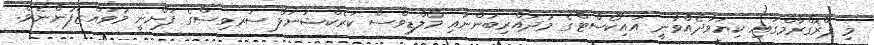
މި ޕްރޮގްރާމްގައި ކިޔަވާދެއްވާނީ އައިކޯސްޓްގެ މުދައްރިބުންނާއި މޯލްޑިވްސް ކަރެކްޝަނަލް ސަރވިސްގެ ފަންނީ މުވައްޒަފުންނެވެ.